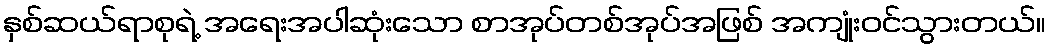
နှစ်ဆယ်ရာစုရဲ့ အရေးအပါဆုံးသော စာအုပ်တစ်အုပ်အဖြစ် အကျုံးဝင်သွားတယ်။